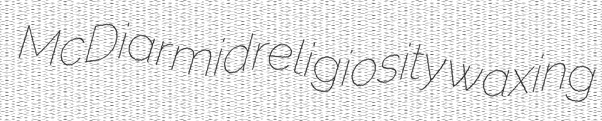
McDiarmid religiosity waxing